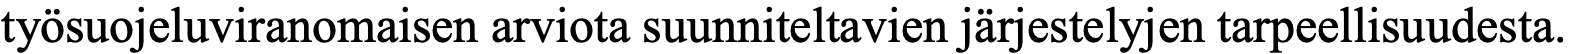
työsuojeluviranomaisen arviota suunniteltavien järjestelyjen tarpeellisuudesta.